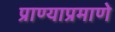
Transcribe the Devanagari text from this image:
प्राण्याप्रमाणे